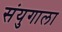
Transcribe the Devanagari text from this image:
संयुगाला